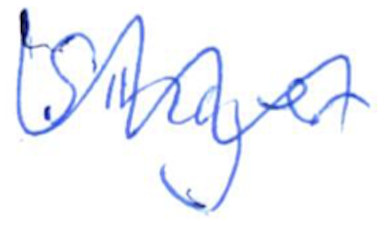
Text: singer
Cross-out: wave
Writing tool: ballpoint